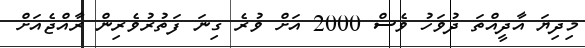
މިދިޔަ އާދީއްތަ ދުވަހު ވެސް 2000 އަށް ވުރެ ގިނަ ފަތުރުވެރިން ރާއްޖެއަށް